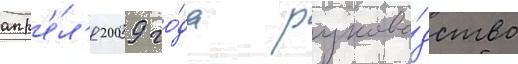
апр'е́л'я 2009 го́да руково́дство